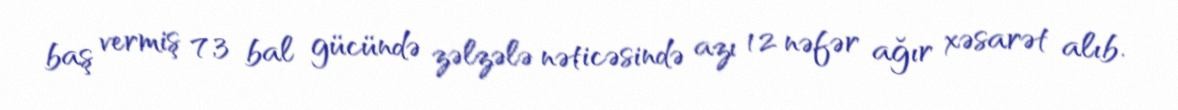
baş vermiş 7,3 bal gücündə zəlzələ nəticəsində azı 12 nəfər ağır xəsarət alıb.